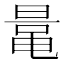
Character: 鼌